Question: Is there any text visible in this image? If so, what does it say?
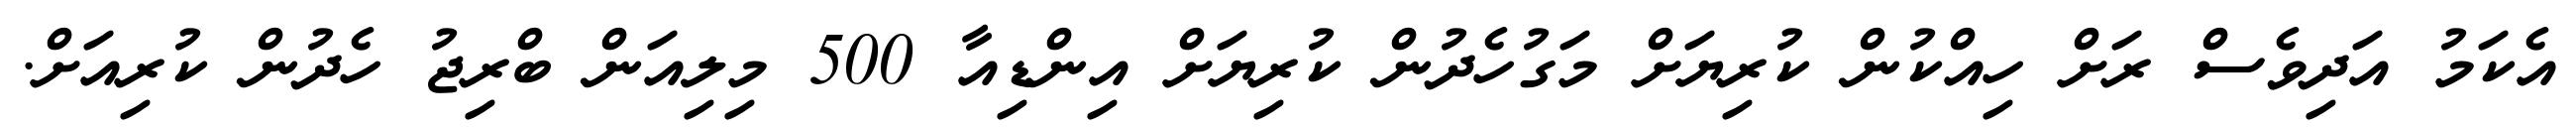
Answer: އެކަމު އަދިވެސް ރަށް ހިއްކުން ކުރިޔަށް މަގުހެދުން ކުރިޔަށް އިންޑިއާ 500 މިލިއަން ބްރިޖު ހެދުން ކުރިއަށް.